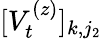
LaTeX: [V_{t}^{(z)}]_{k,j_{2}}